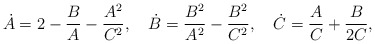
\begin{align*}\dot{A}=2-\frac{B}{A}-\frac{A^2}{C^2},\quad\dot{B}=\frac{B^2}{A^2}-\frac{B^2}{C^2},\quad\dot{C}=\frac{A}{C}+\frac{B}{2C},\end{align*}